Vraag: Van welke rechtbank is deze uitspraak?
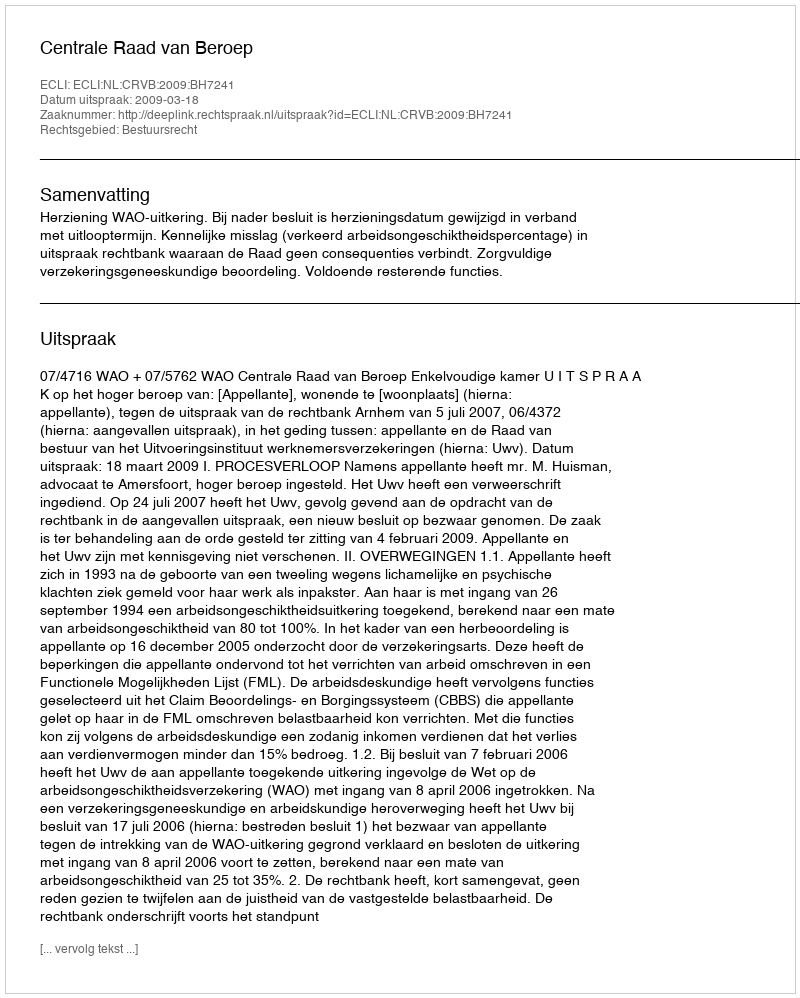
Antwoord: Centrale Raad van Beroep